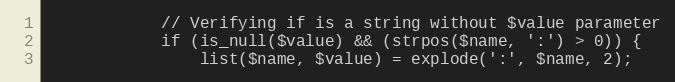
Language: PHP
			// Verifying if is a string without $value parameter
			if (is_null($value) && (strpos($name, ':') > 0)) {
				list($name, $value) = explode(':', $name, 2);